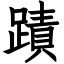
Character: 蹟